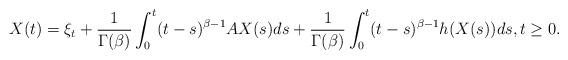
LaTeX: \begin{align*}X(t)=\xi_t+\frac{1}{\Gamma(\beta)} \int_0^t (t-s)^{\beta-1} A X(s) ds + \frac{1}{\Gamma(\beta)} \int_0^t (t-s)^{\beta-1} h(X(s)) ds,t\ge 0.\end{align*}